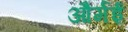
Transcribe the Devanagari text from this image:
और्मई